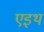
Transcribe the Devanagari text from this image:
एइथ